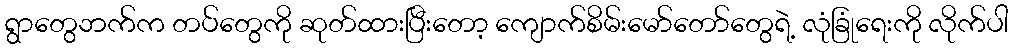
ရွာတွေဘက်က တပ်တွေကို ဆုတ်ထားပြီးတော့ ကျောက်စိမ်းမော်တော်တွေရဲ့ လုံခြုံရေးကို လိုက်ပါ